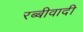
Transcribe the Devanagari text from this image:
रब्बीवादी